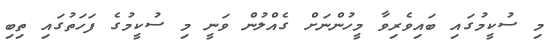
މި ސުކީމުގައި ބައިވެރިވާ މީހުންނަށް ގެއްލުން ވަނީ މި ސުކީމުގެ ފަހަތުގައި ތިބި